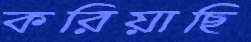
করিয়াছি